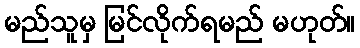
မည်သူမှ မြင်လိုက်ရမည် မဟုတ်။